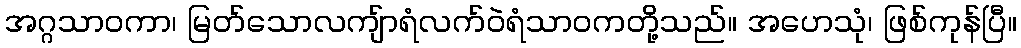
အဂ္ဂသာဝကာ၊ မြတ်သောလကျ်ာရံလက်ဝဲရံသာဝကတို့သည်။ အဟေသုံ၊ ဖြစ်ကုန်ပြီ။